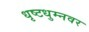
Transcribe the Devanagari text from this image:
धृष्टधुम्नवर